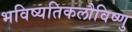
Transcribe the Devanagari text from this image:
भविष्यतिकलौविष्णु